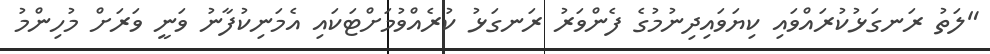
"ލަތު ރަނގަޅުކުރައްވައި ކިޔަވައިދިނުމުގެ ފެންވަރު ރަނގަޅު ކުރެއްވުމަށްޓަކައި އެމަނިކުފާނު ވަނީ ވަރަށް މުހިންމު